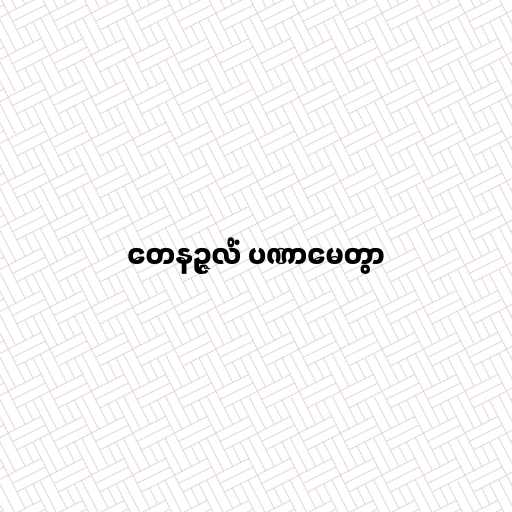
တေနဉ္ဇလိံ ပဏာမေတွာ